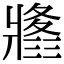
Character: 𤖚